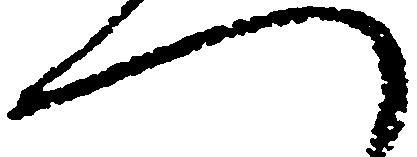
へ